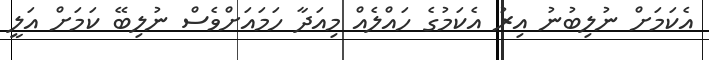
އެކަމަށް ނުލިބުނު އިރު އެކަމުގެ ހައްލެއް މިއަދާ ހަމައަށްވެސް ނުލިބޭ ކަމަށް އަލީ